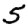
Digit: 5